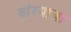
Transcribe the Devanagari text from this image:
वांग्याचा